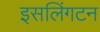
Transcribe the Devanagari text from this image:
इसलिंगटन